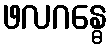
ဖလဂန္ဓေ